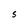
Character: S